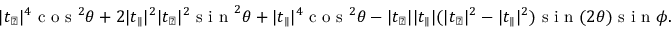
\lvert t _ { \perp } \rvert ^ { 4 } \textrm { c o s } ^ { 2 } \theta + 2 \lvert t _ { \parallel } \rvert ^ { 2 } \lvert t _ { \perp } \rvert ^ { 2 } \textrm { s i n } ^ { 2 } \theta + \lvert t _ { \parallel } \rvert ^ { 4 } \textrm { c o s } ^ { 2 } \theta - \lvert t _ { \perp } \rvert \lvert t _ { \parallel } \rvert ( \lvert t _ { \perp } \rvert ^ { 2 } - \lvert t _ { \parallel } \rvert ^ { 2 } ) \textrm { s i n } ( 2 \theta ) \textrm { s i n } \phi .